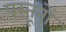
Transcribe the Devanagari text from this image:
पस्तूनों